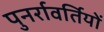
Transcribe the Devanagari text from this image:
पुनर्रावर्तियों